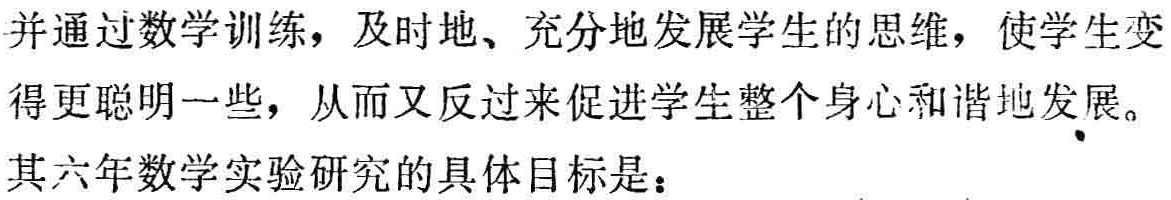
并通过数学训练，及时地、充分地发展学生的思维，使学生变得更聪明一些，从而又反过来促进学生整个身心和谐地发展。

其六年数学实验研究的具体目标是：